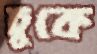
চুকে